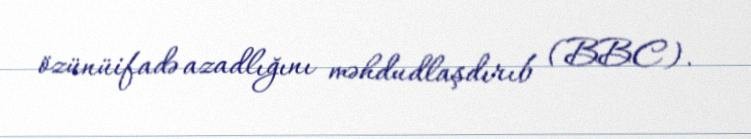
özünüifadə azadlığını məhdudlaşdırıb (BBC).